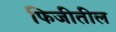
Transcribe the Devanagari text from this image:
फिजीतील